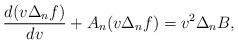
LaTeX: \begin{align*} \frac{d(v\Delta_nf)}{dv}+A_n(v\Delta_nf)=v^2\Delta_nB,\end{align*}